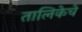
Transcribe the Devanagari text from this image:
तालिकेचे